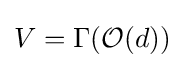
V=\Gamma ({\mathcal {O}}(d))